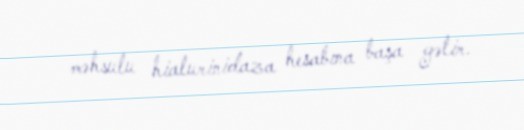
məhsulu hialurinidaza hesabına başa gəlir.